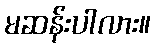
မဆန်းပါလား။